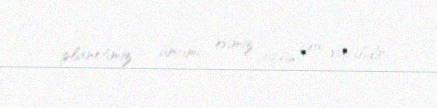
planetimiz – ümumi evimiz üçün çox vacibdir.